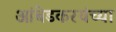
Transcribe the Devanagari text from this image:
आंबेडकरयंच्या